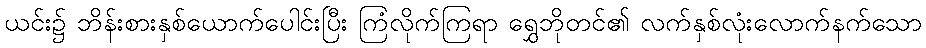
ယင်း၌ ဘိန်းစားနှစ်ယောက်ပေါင်းပြီး ကြံလိုက်ကြရာ ရွှေဘိုတင်၏ လက်နှစ်လုံးလောက်နက်သော